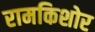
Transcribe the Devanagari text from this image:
रामकिशोर